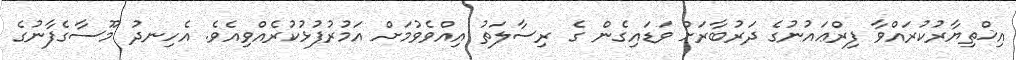
އިޚްތިޔާރުކުރައްވާ ފިރްޢައުނުގެ ދަރުބާރަށް ވަޑައިގެން ގެ ރިސާލަތު އިއްވެވުމަށް އަމުރުފުޅުކުރެއްވިއެވެ. އެހިނދު މޫސާގެފާނުގެ